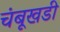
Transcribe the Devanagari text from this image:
चंबूखडी